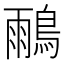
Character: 𪂕